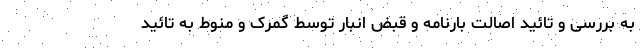
به بررسی و تائید اصالت بارنامه و قبض انبار توسط گمرک و منوط به تائید